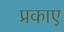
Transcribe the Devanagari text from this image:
प्रकाए